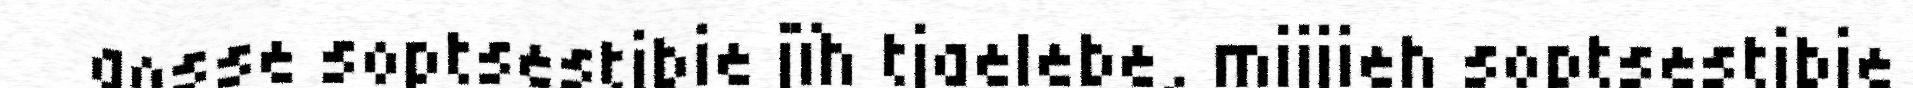
gosse soptsestibie jïh tjaelebe, mijjieh soptsestibie